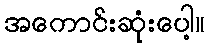
အကောင်းဆုံးပေါ့။